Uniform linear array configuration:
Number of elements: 8
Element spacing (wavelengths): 0.25
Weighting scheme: hann
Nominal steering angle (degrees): -15
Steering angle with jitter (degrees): -14.052
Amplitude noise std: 0.05
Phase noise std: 0.05

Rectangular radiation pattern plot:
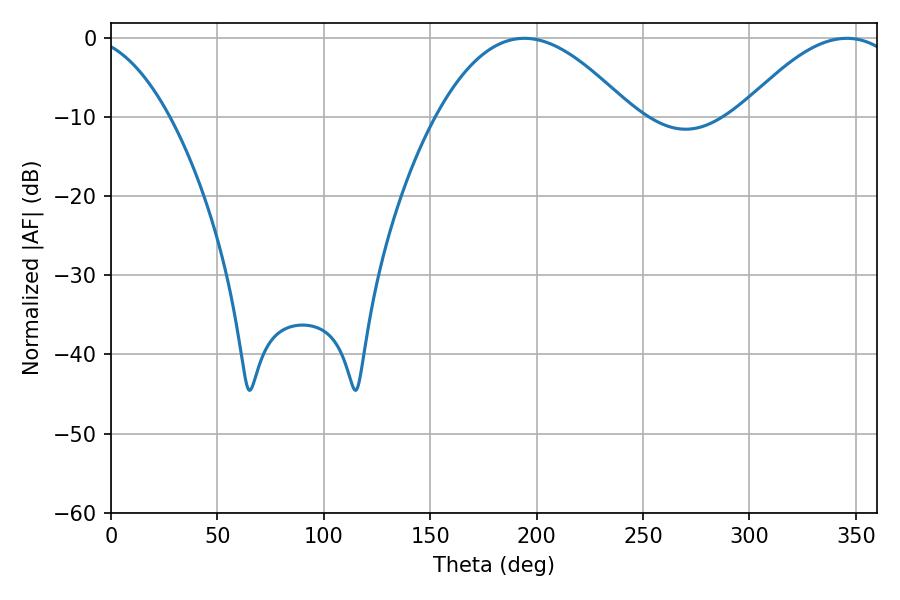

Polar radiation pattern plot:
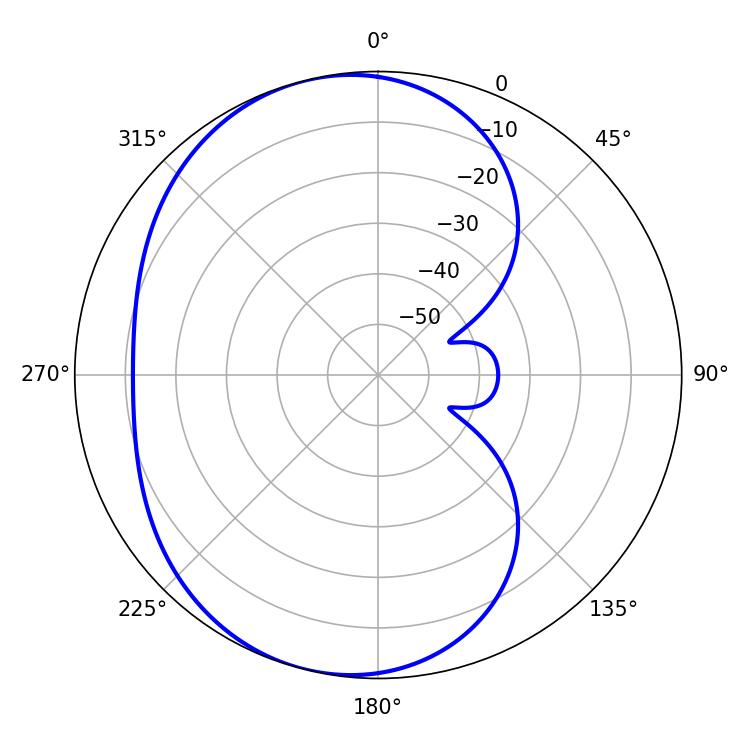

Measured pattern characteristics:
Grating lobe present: FALSE
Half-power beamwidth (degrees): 50.22
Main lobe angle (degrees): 194.22